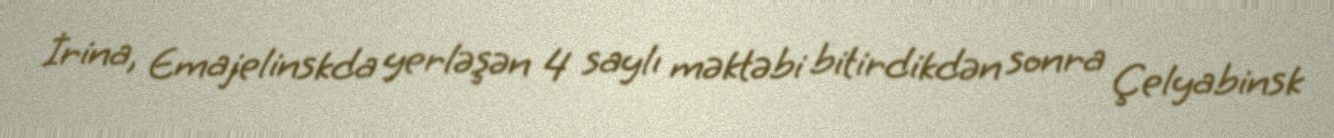
İrina, Emajelinskda yerləşən 4 saylı məktəbi bitirdikdən sonra Çelyabinsk